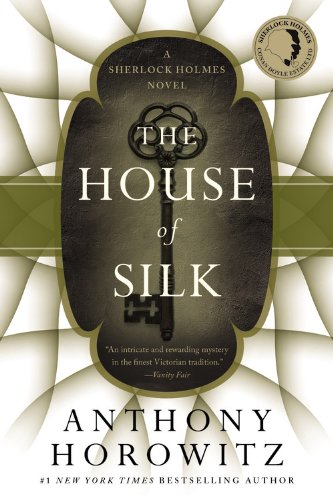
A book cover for The House of Silk: A Sherlock Holmes Novel; Anthony Horowitz; Mystery, Thriller & Suspense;